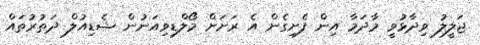
ޖަލީލު ވިދާޅުވީ މާދަމާ އިން ފެށިގެން އެ ރަށަށް މޯލްޑިވިއަނުން ޝެޑިއުލް ދަތުރުތައް